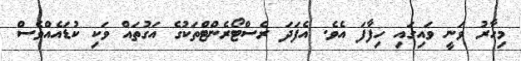
މިހާރު ވަނީ ވައިގައި ހިފާފަ އެވެ. އެފަދަ ރެސްޓޯރެންޓްތަކުގެ އަގުތައް ވަކި ކުޑައެއްވެސް